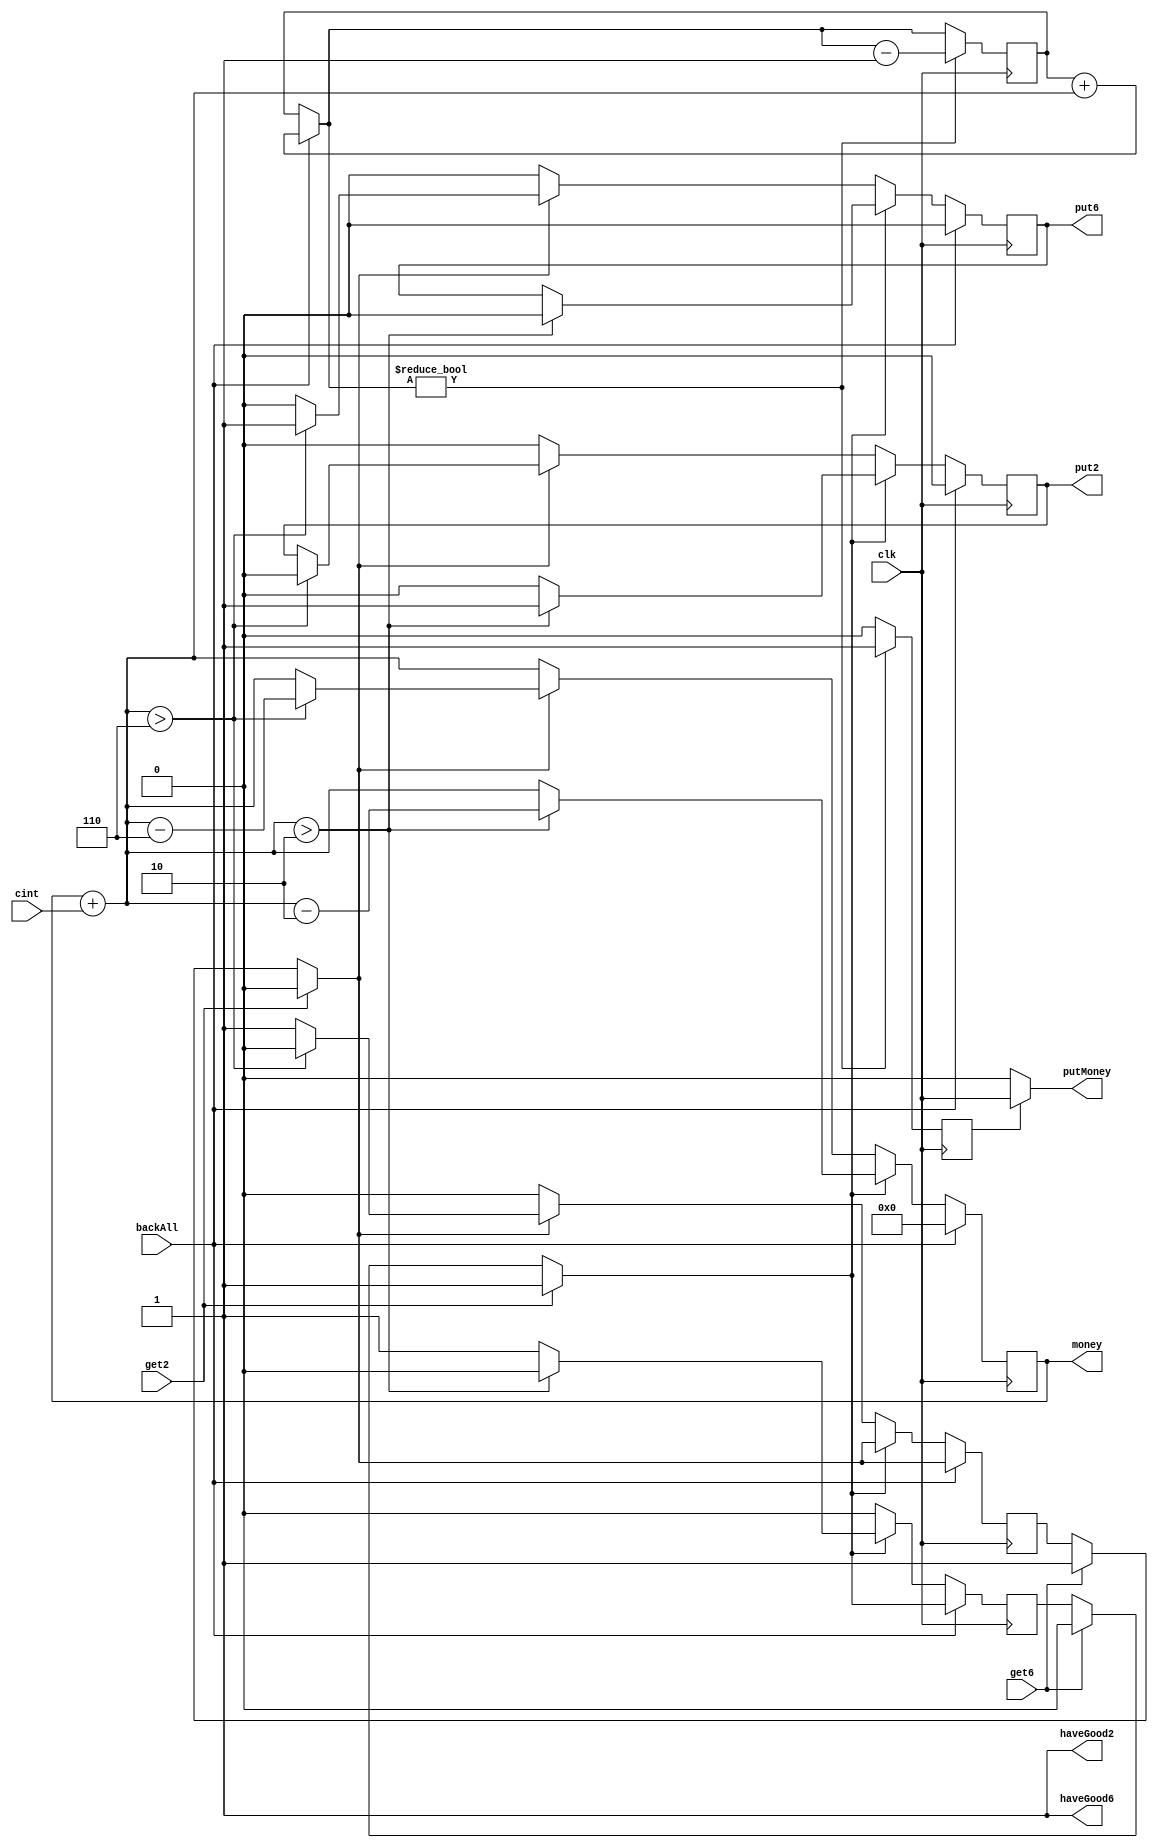
module sell(clk,cint,get2,get6,backAll,money,haveGood2,haveGood6,put2,put6,putMoney);
	input wire clk;
	input wire [3:0] cint;
	input wire get2;
	input wire get6;
	input wire backAll;
	output reg [7:0] money;
	output reg haveGood2;
	output reg haveGood6;
	output reg put2;
	output reg put6;
	output reg putMoney;
	
	reg re2;
	reg re6;
	reg [7:0] outMoney;
	reg  reMoney;
	
	initial
	begin
		money=8'd0;
		outMoney=8'd0;
		haveGood2=1;
		haveGood6=1;
		put2=0;
		put6=0;
		reMoney=0;
		
	end
	
	always@(posedge clk)
	begin
		if(get2)
			begin
				re2=1;
				re6=0;
			end
		else if(get6)
			begin
				re2=0;
				re6=1;
			end
		else
			begin
				re2=re2;
				re6=re6;
			end
			
		money=money+cint;
		if(backAll)
			begin
				outMoney=outMoney+money;
				money=8'd0;
				put2=0;
				put6=0;
			end
		else if(re2&&haveGood2)
			begin
				if(money>2)
					begin
						put2=1;
						put6=0;
						re2=0;
						money=money-4'd2;
					end
				else
					begin
						put2=0;
					end
			end
		else if(re6&&haveGood6)
			begin
				if(money>6)
					begin
						put6=1;
						put2=0;
						re6=0;
						money=money-4'd6;
					end
				else
					put6=0;
			end
		else
			begin
				put2=0;
				put6=0;
			end
		
		if(outMoney!=0)
			begin
				reMoney=1;
				outMoney=outMoney-8'd1;
			end
		else
			reMoney=0;
	end 
	always@(reMoney)
	begin
		if(reMoney)
			begin
				putMoney=clk;
			end
		else
			putMoney=0;
	end	
endmodule